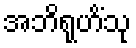
အဘိရုဟိံသု